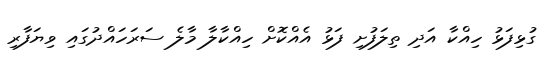
ގުޅިފަޅު ހިއްކާ އަދި ތިލަފުށި ފަޅު އެއްކޮށް ހިއްކާލާ މާލެ ސަރަހައްދުގައި ވިޔަފާރި